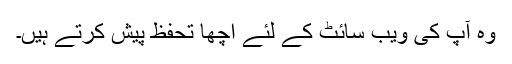
وہ آپ کی ویب سائٹ کے لئے اچھا تحفظ پیش کرتے ہیں۔